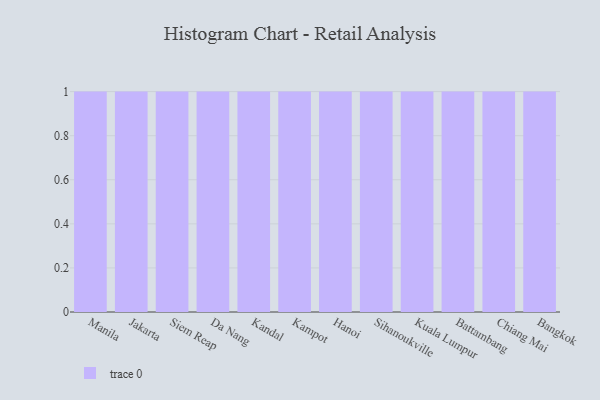
{"axis": {"x": "City", "y": "Churn Rate (%)"}, "legend": [""], "data": [{"x": "Manila", "y": 41, "type": ""}, {"x": "Jakarta", "y": 31, "type": ""}, {"x": "Siem Reap", "y": 83, "type": ""}, {"x": "Da Nang", "y": 6, "type": ""}, {"x": "Kandal", "y": 36, "type": ""}, {"x": "Kampot", "y": 39, "type": ""}, {"x": "Hanoi", "y": 24, "type": ""}, {"x": "Sihanoukville", "y": 31, "type": ""}, {"x": "Kuala Lumpur", "y": 65, "type": ""}, {"x": "Battambang", "y": 61, "type": ""}, {"x": "Chiang Mai", "y": 78, "type": ""}, {"x": "Bangkok", "y": 61, "type": ""}]}